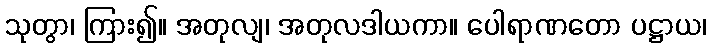
သုတွာ၊ ကြား၍။ အတုလျ၊ အတုလဒါယကာ။ ပေါရာဏတော ပဋ္ဌာယ၊